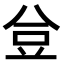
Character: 𧯚